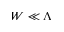
W \ll \Lambda